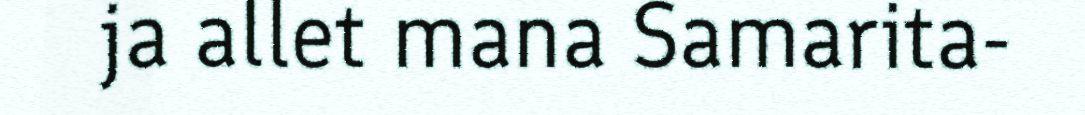
ja allet mana Samarita-